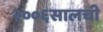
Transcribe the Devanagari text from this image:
२००६सालची